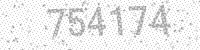
Solution: 754174